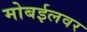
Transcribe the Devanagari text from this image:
मोबईलवर